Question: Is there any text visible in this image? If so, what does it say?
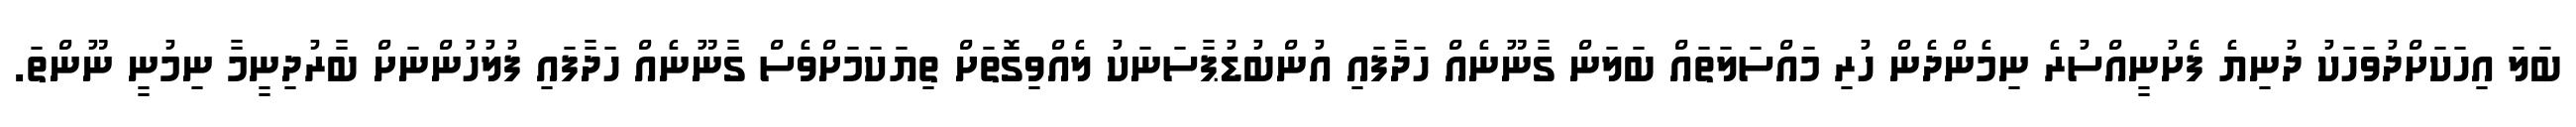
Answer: ބަލަ އިހަކަށްދުވަހަކު ދުނިޔެ ފެށުނީއްސުރެ ނިމެންދެން ހުރި މައްސަލަތައް ބަލަން ގާނޫނެއް ހަދާފައި އުންބުޑުޕާސަނަކު ލެއްވިގޮތަށް ތިޔަކަމަށްވެސް ގާނޫނެއް ހަދާފައި ފުލުހުންނަށް ބާރުދިނީމާ ނިމުނީ ނޫންތަ.